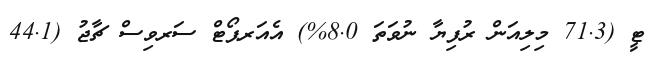
ޓީ (71.3 މިލިއަން ރުފިޔާ ނުވަތަ 8.0%) އެއަރޕޯޓް ސަރވިސް ޗާޖު (44.1